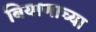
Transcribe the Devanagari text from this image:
बियाणाच्या